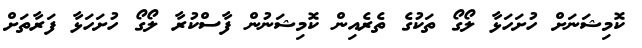
ކޮމިޝަނަށް ހުށަހަޅާ ލޯގޯ ތަކުގެ ތެރެއިން ކޮމިޝަނުން ފާސްކުރާ ލޯގޯ ހުށަހަޅާ ފަރާތަށް